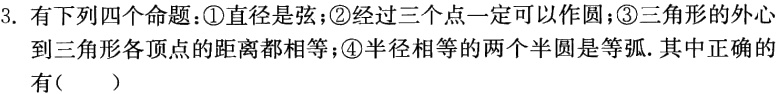
3. 有下列四个命题：\textcircled{1}直径是弦；\textcircled{2}经过三个点一定可以作圆；\textcircled{3}三角形的外心到三角形各顶点的距离都相等；\textcircled{4}半径相等的两个半圆是等弧. 其中正确的有（  ）